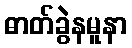
ဓာတ်ခွဲနမူနာ